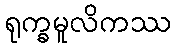
ရုက္ခမူလိကဿ